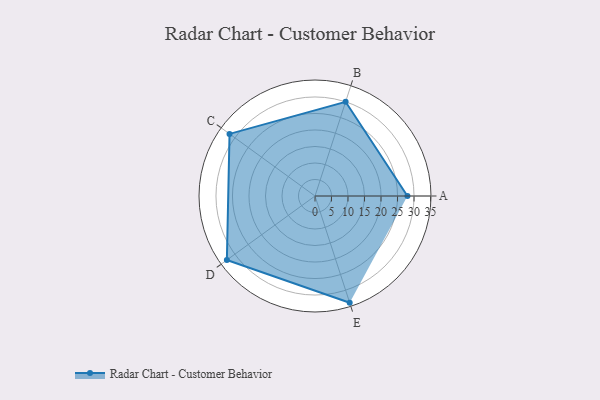
{"axis": {"x": "Skill", "y": "Score"}, "legend": ["Profile"], "data": [{"x": "A", "y": 28.0, "type": "Profile"}, {"x": "B", "y": 30.0, "type": "Profile"}, {"x": "C", "y": 32.0, "type": "Profile"}, {"x": "D", "y": 33.0, "type": "Profile"}, {"x": "E", "y": 34.0, "type": "Profile"}]}